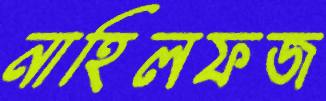
নাহিলফজ